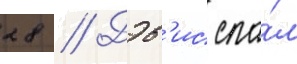
28 // Дэв'ис спа́л